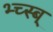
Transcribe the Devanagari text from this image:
भ्च्स्ब्